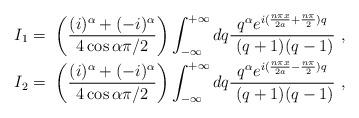
LaTeX: \begin{align*}I_{1} & =\ \left( \frac{(i)^{\alpha}+(-i)^{\alpha}}{4\cos\alpha\pi/2}\right) \int_{-\infty}^{+\infty}dq\frac{q^{\alpha}e^{i(\frac{n\pi x}{2a}+\frac{n\pi}{2})q}}{\ (q+1)(q-1)}\ ,\\I_{2} & =\ \left( \frac{(i)^{\alpha}+(-i)^{\alpha}}{4\cos\alpha\pi/2}\right) \int_{-\infty}^{+\infty}dq\frac{q^{\alpha}e^{i(\frac{n\pi x}{2a}-\frac{n\pi}{2})q}}{\ (q+1)(q-1)}\ ,\end{align*}